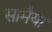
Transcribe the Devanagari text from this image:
सामैया